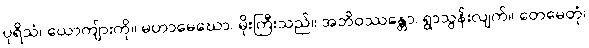
ပုရိသံ၊ ယောကျ်ားကို။ မဟာမေဃော၊ မိုးကြီးသည်။ အဘိဝဿန္တော၊ ရွာသွန်းလျက်။ တေမေတုံ၊